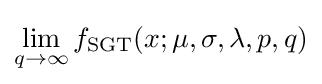
\lim _{q\to \infty }f_{\text{SGT}}(x;\mu ,\sigma ,\lambda ,p,q)